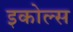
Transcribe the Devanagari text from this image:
इकोल्स